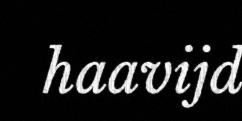
haavijd